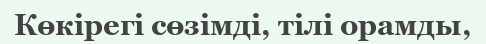
Көкірегі сөзімді, тілі орамды,